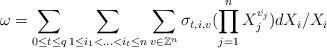
LaTeX: \begin{align*} \omega=\sum_{0\le t\le q}\sum_{1\le i_1<\ldots<i_t\le n}\sum_{v\in\mathbb{Z}^n}\sigma_{t,i,v}(\prod_{j=1}^nX_j^{v_j})dX_{i}/X_i\end{align*}